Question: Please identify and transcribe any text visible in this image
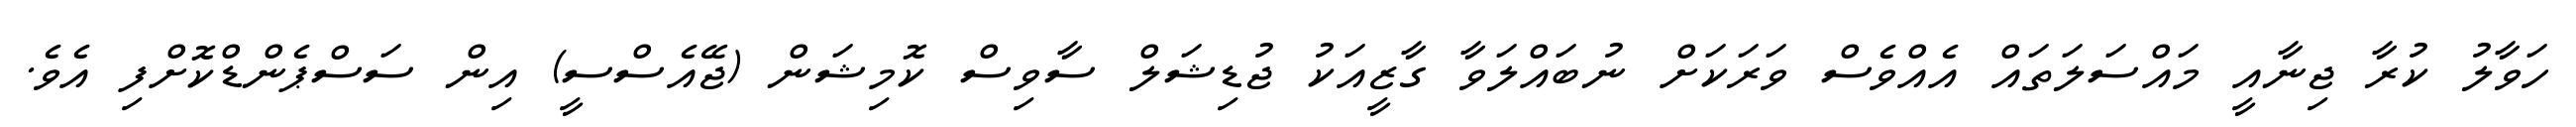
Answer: ހަވާލު ކުރާ ޖިނާއީ މައްސަލަތައް އެއްވެސް ވަރަކަށް ނުބައްލަވާ ގާޒީއަކު ޖުޑިޝަލް ސާވިސް ކޮމިޝަން (ޖޭއެސްސީ) އިން ސަސްޕެންޑްކޮށްފި އެވެ.